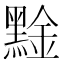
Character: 𪑙